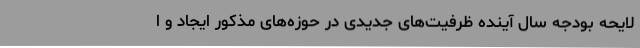
لایحه بودجه سال آینده ظرفیت‌های جدیدی در حوزه‌های مذکور ایجاد و ا